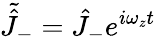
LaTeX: \tilde{\hat{J}}_{-}=\hat{J}_{-}e^{i\omega_{z}t}